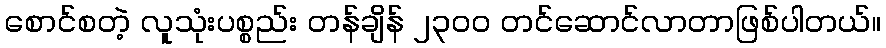
စောင်စတဲ့ လူသုံးပစ္စည်း တန်ချိန် ၂၃၀၀ တင်ဆောင်လာတာဖြစ်ပါတယ်။